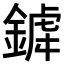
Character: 𨩞